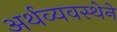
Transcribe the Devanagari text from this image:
अर्थव्यवस्थेने